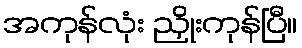
အကုန်လုံး ညှိုးကုန်ပြီ။